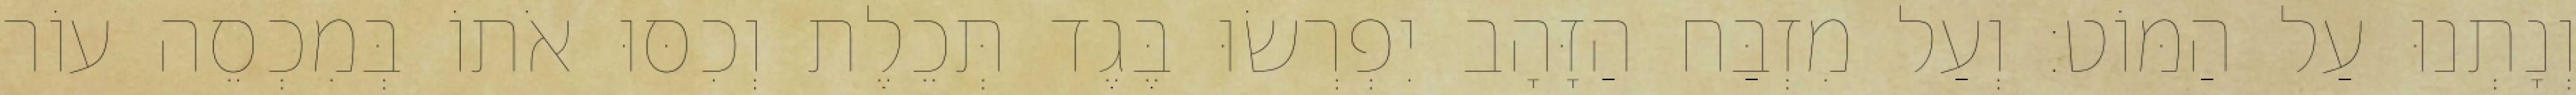
וְנָתְנוּ עַל הַמּוֹט׃ וְעַל מִזְבַּח הַזָּהָב יִפְרְשׂוּ בֶּגֶד תְּכֵלֶת וְכִסּוּ אֹתוֹ בְּמִכְסֵה עוֹר